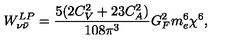
{ W } _ { \nu { \bar { \nu } } } ^ { L P } = \frac { 5 ( 2 C _ { V } ^ { 2 } + 2 3 C _ { A } ^ { 2 } ) } { 1 0 8 \pi ^ { 3 } } G _ { F } ^ { 2 } m _ { e } ^ { 6 } \chi ^ { 6 } ,